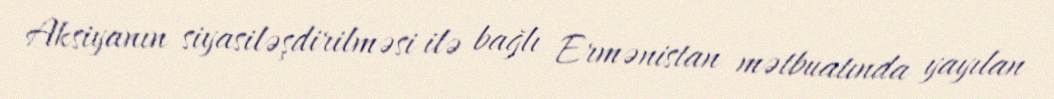
Aksiyanın siyasiləşdirilməsi ilə bağlı Ermənistan mətbuatında yayılan